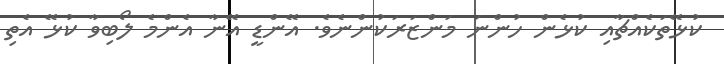
ކުޅޭތަކެއްޗާއި ކުޅެން ހުންނަ މަންޒަރަކުންނެވެ. އޭންޑީ އޭނާ އެންމެ ލޯބިވާ ކުޅޭ އެތި